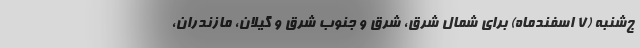
ج‌شنبه (۷ اسفندماه) برای شمال شرق، شرق و جنوب شرق و گیلان، مازندران،